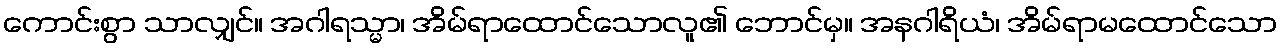
ကောင်းစွာ သာလျှင်။ အဂါရသ္မာ၊ အိမ်ရာထောင်သောလူ၏ ဘောင်မှ။ အနဂါရိယံ၊ အိမ်ရာမထောင်သော